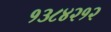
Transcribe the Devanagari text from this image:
१३८४२१२